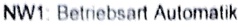
Text: NW1: Betriebsart Automatik